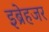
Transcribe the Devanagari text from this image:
इब्रेहजर